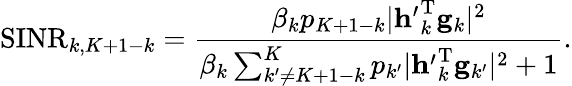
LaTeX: \mathrm{SINR}_{k,K+1-k}=\frac{\beta_{k}p_{K+1-k}|\mathbf{h^{\prime}}_{k}^{\mathrm{T}}\mathbf{g}_{k}|^{2}}{\beta_{k}\sum_{k^{\prime}\neq K+1-k}^{K}p_{k^{\prime}}|\mathbf{h^{\prime}}_{k}^{\mathrm{T}}\mathbf{g}_{k^{\prime}}|^{2}+1}.